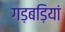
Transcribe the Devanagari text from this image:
गड़बड़ियां